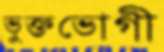
ভুক্তভোগী